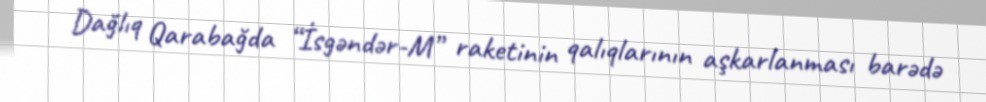
Dağlıq Qarabağda “İsgəndər-M” raketinin qalıqlarının aşkarlanması barədə